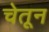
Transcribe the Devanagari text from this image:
चेतून